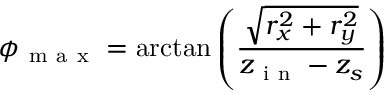
\phi _ { \mathrm { ~ m ~ a ~ x ~ } } = \arctan \left( \frac { \sqrt { r _ { x } ^ { 2 } + r _ { y } ^ { 2 } } } { z _ { \mathrm { ~ i ~ n ~ } } - z _ { s } } \right)